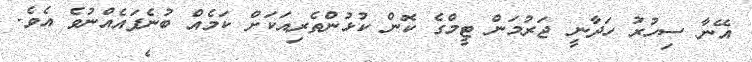
އޭނާ ސިހުރު ހަދާނީ ޖަރުމަން ޓީމްގެ ކޮން ކުޅުންތެރިއަކަށް ކަމެއް ބުނެފައެއްނުވެ އެވެ.